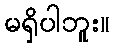
မရှိပါဘူး။